Bréfritari: Sigurður Jónsson
Viðtakandi: Jón Borgfirðings Jónsson
Dagsetning: A-1860-09-30
Skrifað á: Möðrudal  N-Múl.

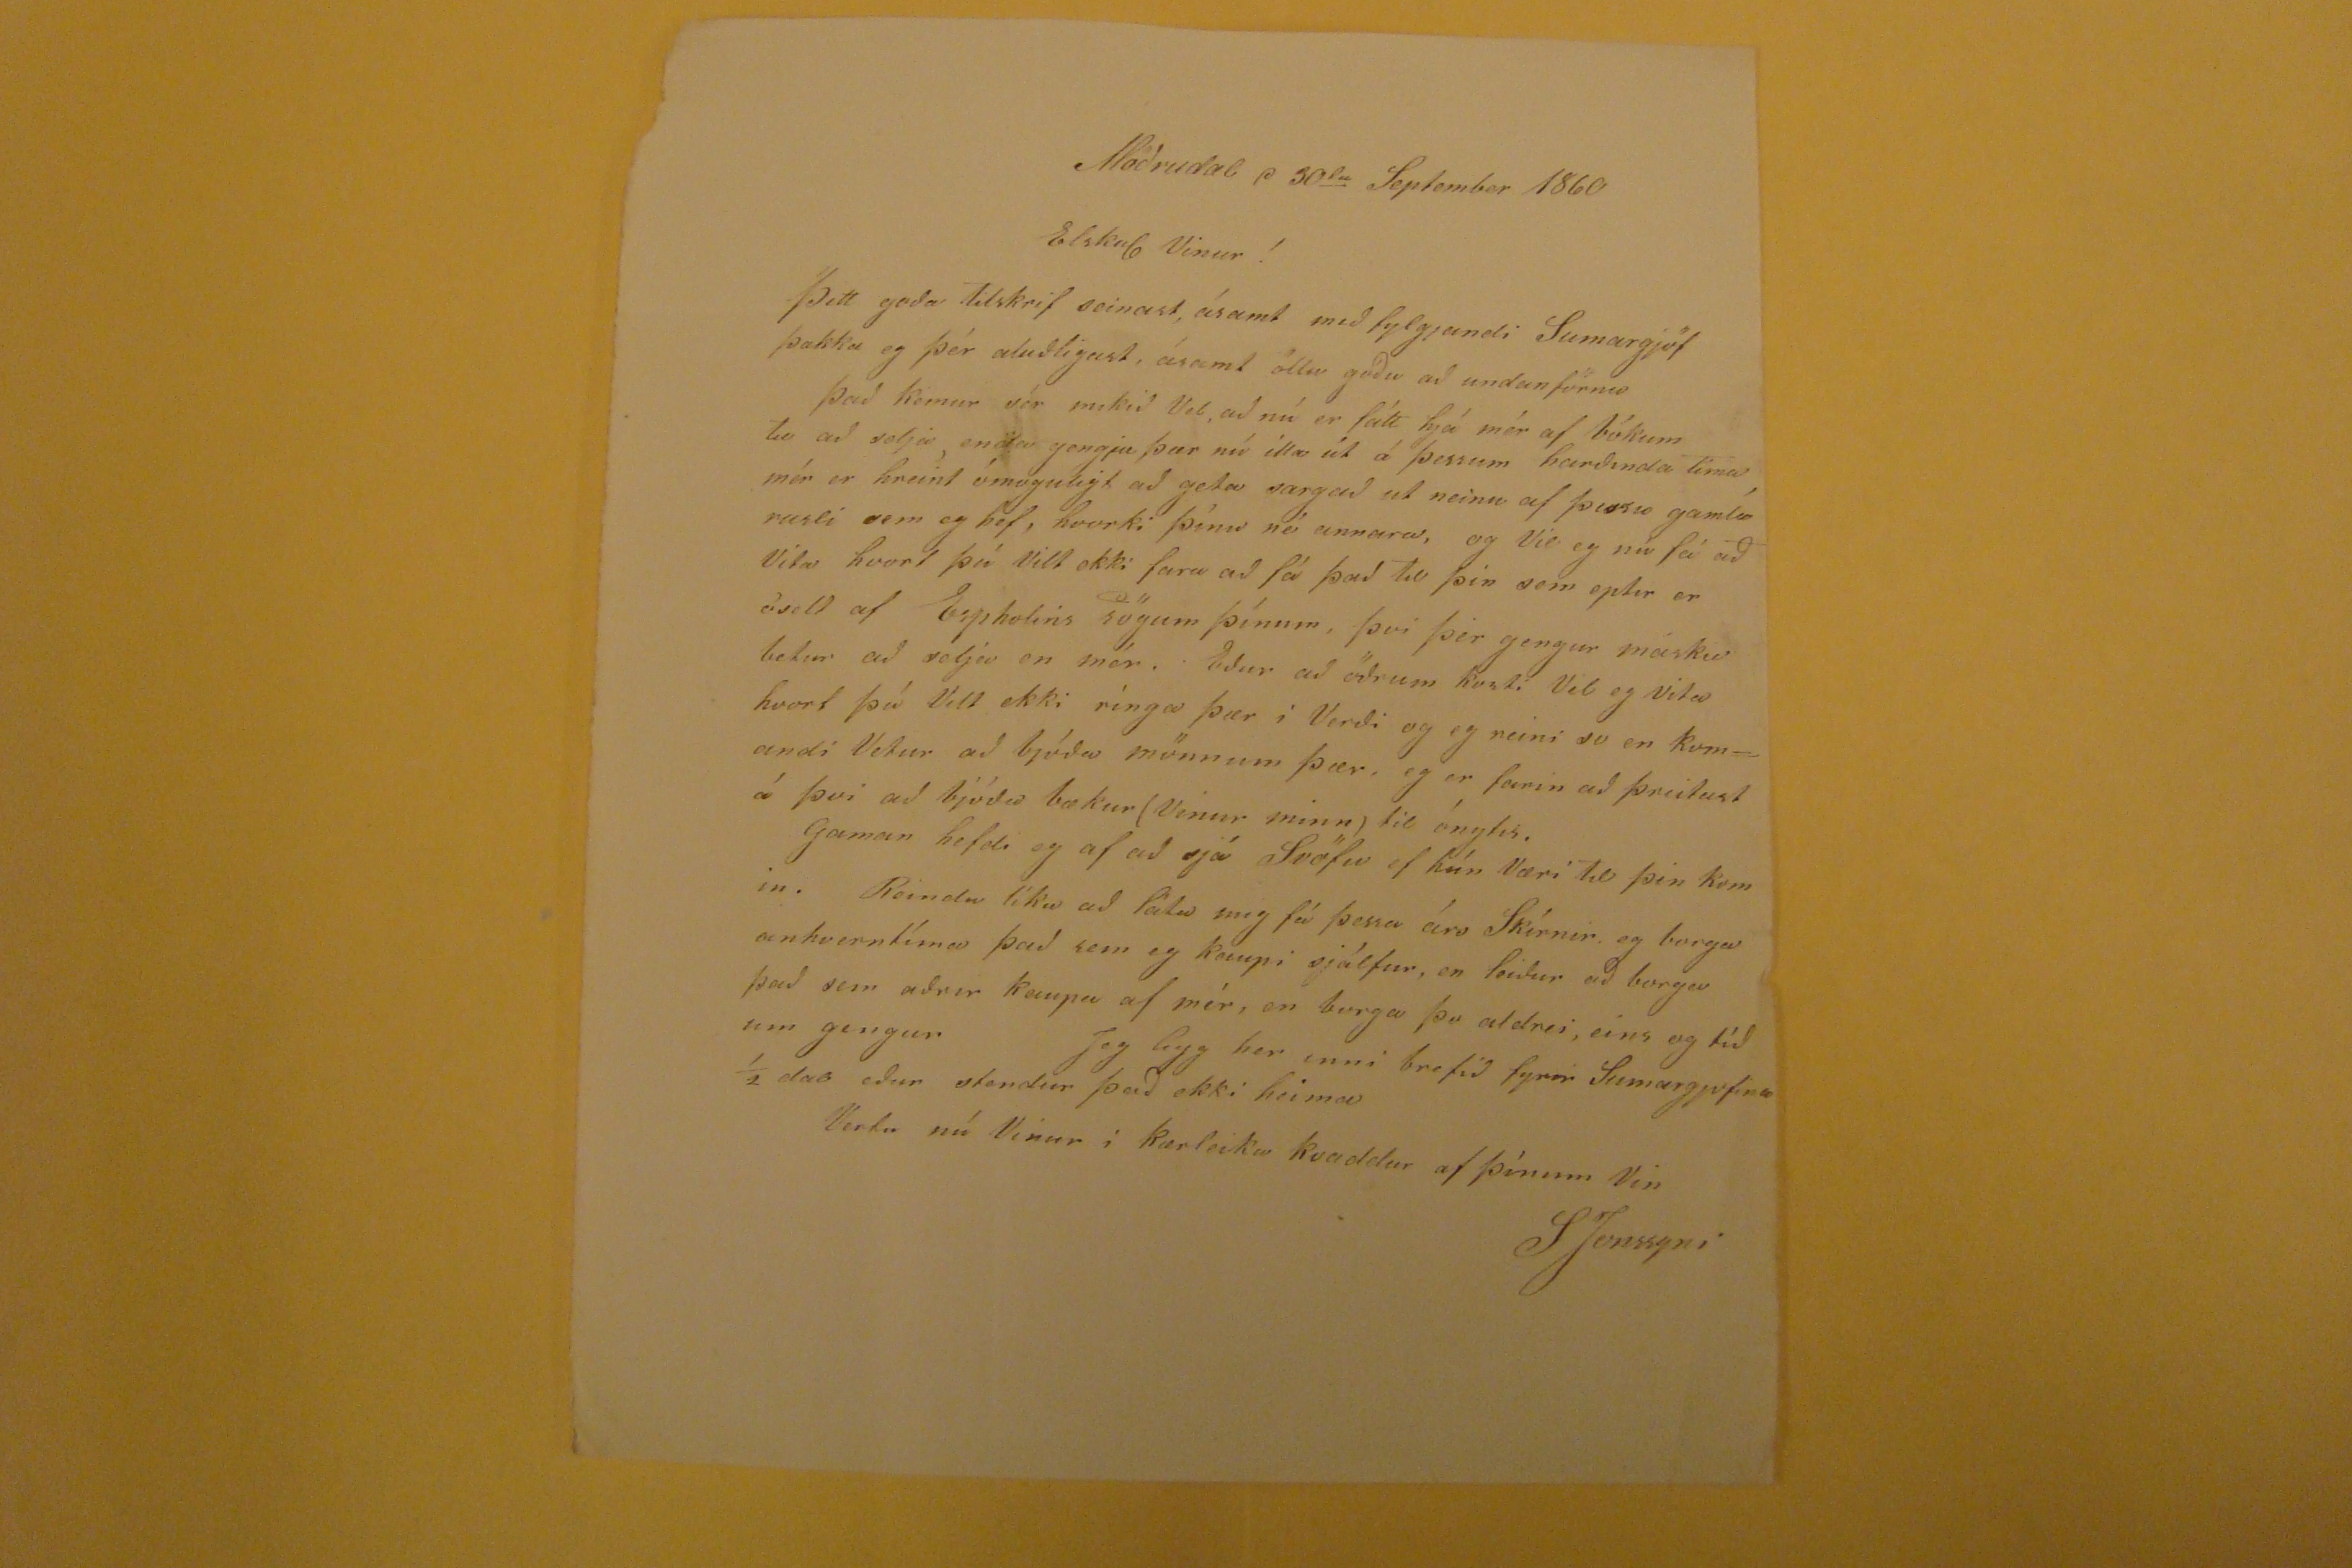

Möðrudal d 30
ta
September 1860
Elskul Vinur!
Þitt goða tilskrif seinast, ásamt með fylgjandi Sumargjöf þakka eg þér aluðligast, ásamt öllu goðu að undanförnu Það kemur sér mikið vel, að nú er fátt hjá mér af bókum til að selja, enda gengju þær nú illa út á þessum harðinda tíma mér er hreint ómoguligt að geta sargað ut neinu af þessu gamla rusli sem eg hef, hvorki þínu né annara, og Vil eg nú fá að Vita hvort þú Vilt ekki fara að fá það til þín sem eptir er óselt af Espholins sögum þínum, þvi þér gengur máksie betur að selja en mér. Eður að öðrum kosti Vil eg vita hvort þú Vilt ekki rínga þær i Verði og eg reini so en komandi Vetur að bjóða mönnum þær, eg er farin að þreitast á því að bjóða bækur (Vinur minn) til ónytis. Gaman hefdi eg af að sjá Svöfu ef hún Væri til þin komin. Reindu líka að láta mig fá þessa árs Skírnir eg borga einhverntíma það sem eg kaupi sjálfur, en leiður að borga það sem aðrir kaupa af mér, en borga þo aldrei, eins og tíðum gengur Jeg ligg her inni brefið fyrir Sumargjofina 1/2 dal eður stendur það ekki heima
Vertu nú Vinur i kærleika kvaddur af þínum Vin
SJonssyni